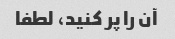
آن را پر کنید، لطفا